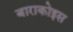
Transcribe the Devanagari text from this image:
बाराकोइस